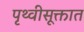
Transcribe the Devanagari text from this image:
पृथ्वीसूक्तात